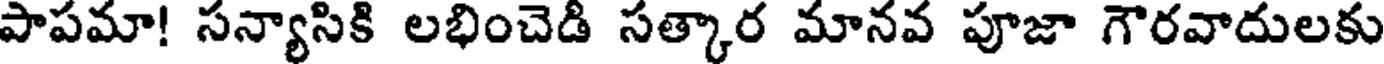
పాపమా! సన్యాసికి లభించెడి సత్కార మానవ పూజా గౌరవాదులకు